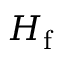
\textstyle H _ { \mathrm { f } }